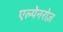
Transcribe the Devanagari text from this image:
एल्पेनरोज़